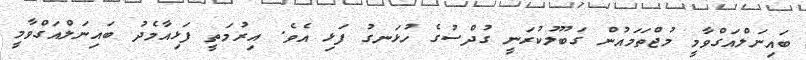
ބައިނަލްއަގްވާމީ މުޖްތަމައުން ގަބޫލުކުރަނީ ގުދްސުގެ ހުޅަނގު ފަޅި އެވެ. އިރުމަތީ ފަޅިއާމެދު ބައިނަލްއަގްވާމީ